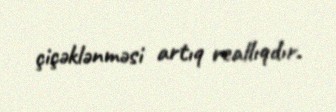
çiçəklənməsi artıq reallıqdır.